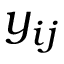
y _ { i j }